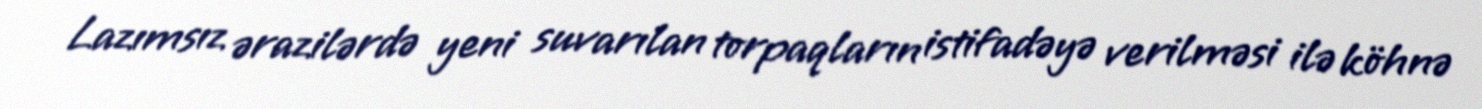
Lazımsız ərazilərdə yeni suvarılan torpaqların istifadəyə verilməsi ilə köhnə